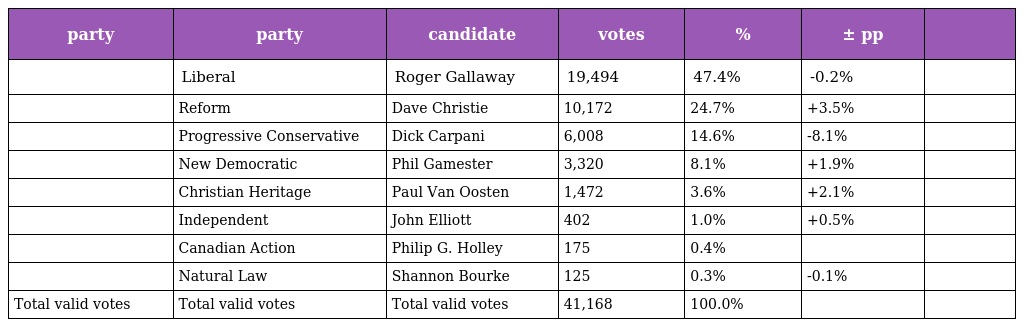
| party | party | candidate | votes | % | ± pp |  |
 | --- | --- | --- | --- | --- | --- | --- |
 |  | Liberal | Roger Gallaway | 19,494 | 47.4% | -0.2% |  |
 |  | Reform | Dave Christie | 10,172 | 24.7% | +3.5% |  |
 |  | Progressive Conservative | Dick Carpani | 6,008 | 14.6% | -8.1% |  |
 |  | New Democratic | Phil Gamester | 3,320 | 8.1% | +1.9% |  |
 |  | Christian Heritage | Paul Van Oosten | 1,472 | 3.6% | +2.1% |  |
 |  | Independent | John Elliott | 402 | 1.0% | +0.5% |  |
 |  | Canadian Action | Philip G. Holley | 175 | 0.4% |  |  |
 |  | Natural Law | Shannon Bourke | 125 | 0.3% | -0.1% |  |
 | Total valid votes | Total valid votes | Total valid votes | 41,168 | 100.0% |  |  |